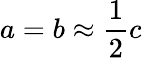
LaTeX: a=b\approx{\frac{1}{2}}c